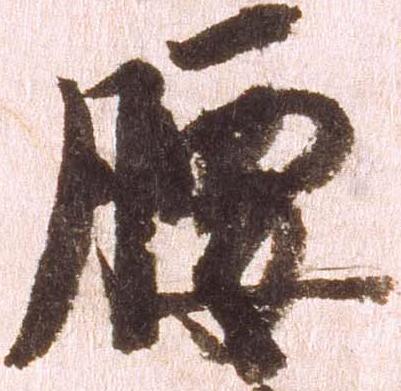
腰